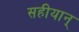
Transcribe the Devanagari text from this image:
सहीयान्